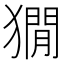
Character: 𤡥